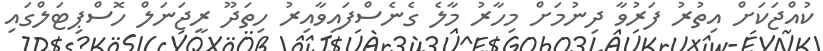
ކުއްޖަކަށް އިތުރު ފަރުވާ ދިނުމަށް މިހާރު މާލެ ގެނެސްފައިވާއިރު ހިތަދޫ ރީޖަނަލް ހޮސްޕިޓަލްގައި